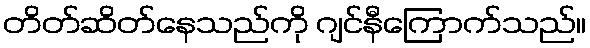
တိတ်ဆိတ်နေသည်ကို ဂျင်နီကြောက်သည်။